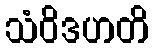
သံဝိဒဟတိ